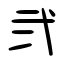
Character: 弐